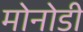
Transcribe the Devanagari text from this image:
मोनोडी